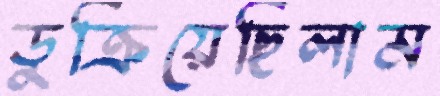
ডুক্‌রিয়েছিলাম